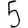
Digit: 5